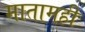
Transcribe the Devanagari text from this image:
मातामही